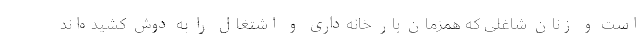
است و زنان شاغلی که همزمان بار خانه‌داری و اشتغال را به دوش کشیده‌اند